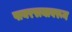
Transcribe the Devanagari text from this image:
पायरस्त्यावरून